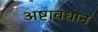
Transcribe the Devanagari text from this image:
अष्टावधान